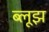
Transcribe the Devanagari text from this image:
ब्लूझ